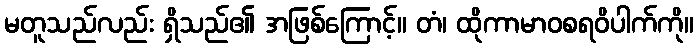
မတူသည်လည်း ရှိသည်၏ အဖြစ်ကြောင့်။ တံ၊ ထိုကာမာဝစရဝိပါက်ကို။